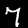
Label: 7